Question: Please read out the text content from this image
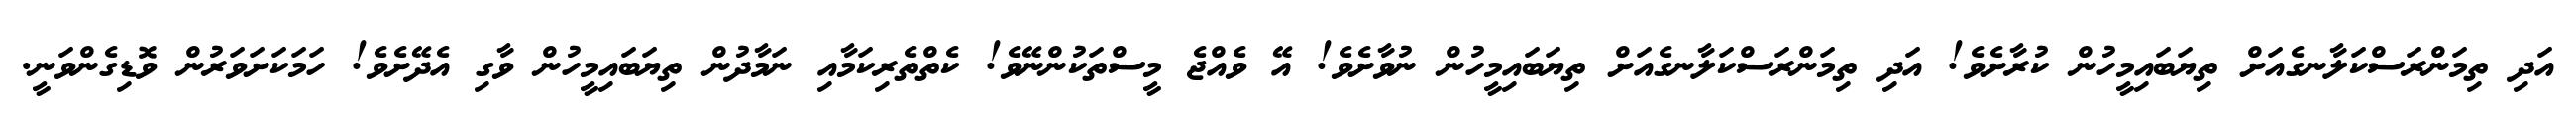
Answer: އަދި ތިމަންރަސްކަލާނގެއަށް ތިޔަބައިމީހުން ކުރާށެވެ! އަދި ތިމަންރަސްކަލާނގެއަށް ތިޔަބައިމީހުން ނުވާށެވެ! އޭ ވެއްޖެ މީސްތަކުންނޭވެ! ކެތްތެރިކަމާއި ނަމާދުން ތިޔަބައިމީހުން ވާގި އެދޭށެވެ! ހަމަކަށަވަރުން ވޮޑިގެންވަނީ.